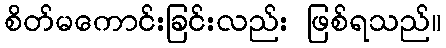
စိတ်မကောင်းခြင်းလည်း ဖြစ်ရသည်။